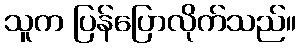
သူက ပြန်ပြောလိုက်သည်။